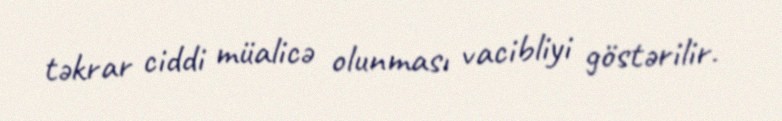
təkrar ciddi müalicə olunması vacibliyi göstərilir.